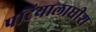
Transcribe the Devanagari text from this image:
पटियालाधीश